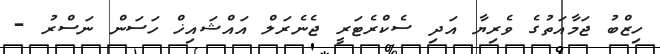
ހިޒްބު ޖަމާއަތުގެ ވެރިޔާ އަދި ސެކްރެޓަރީ ޖެނެރަލް އައްޝައިޚް ހަސަން ނަސްރު -